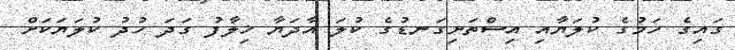
ގައިގެ ހަމުގެ ކުލަޔާއި އިސްތަށިގަނޑުގެ ކުލަ އާދަޔާ ޚިލާފު ގަދަ ހުދު ކުލަޔަކަށް